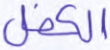
الكفل